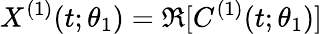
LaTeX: X^{(1)}(t;\theta_{1})=\Re[C^{(1)}(t;\theta_{1})]